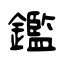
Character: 鑑